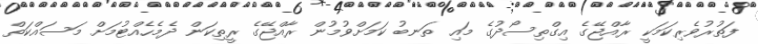
ފަތުރުވެރިކަމަކީ ރާއްޖޭގެ އިގްތިސޯދުގެ މައި ތަނބު ކަމަށްވުމުން ރާއްޖޭގެ ރީތިކަން ދެމެހެއްޓުމަށް މަސައްކަތް